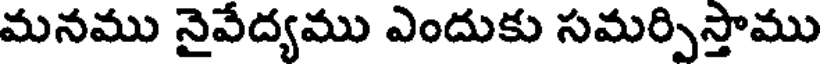
మనము నైవేద్యము ఎందుకు సమర్పిస్తాము